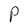
Character: P